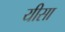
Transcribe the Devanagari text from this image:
यीसा